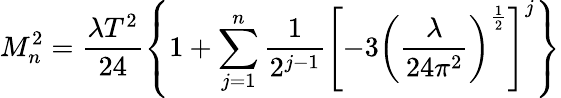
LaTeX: M_{n}^{2}=\frac{\lambda T^{2}}{24}\left\{ 1+\sum_{j=1}^{n}\frac{1}{2^{j-1}}\left[-3\left(\frac{\lambda}{24\pi^{2}}\right)^{\frac{1}{2}}\right]^{j}\right\}